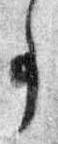
事